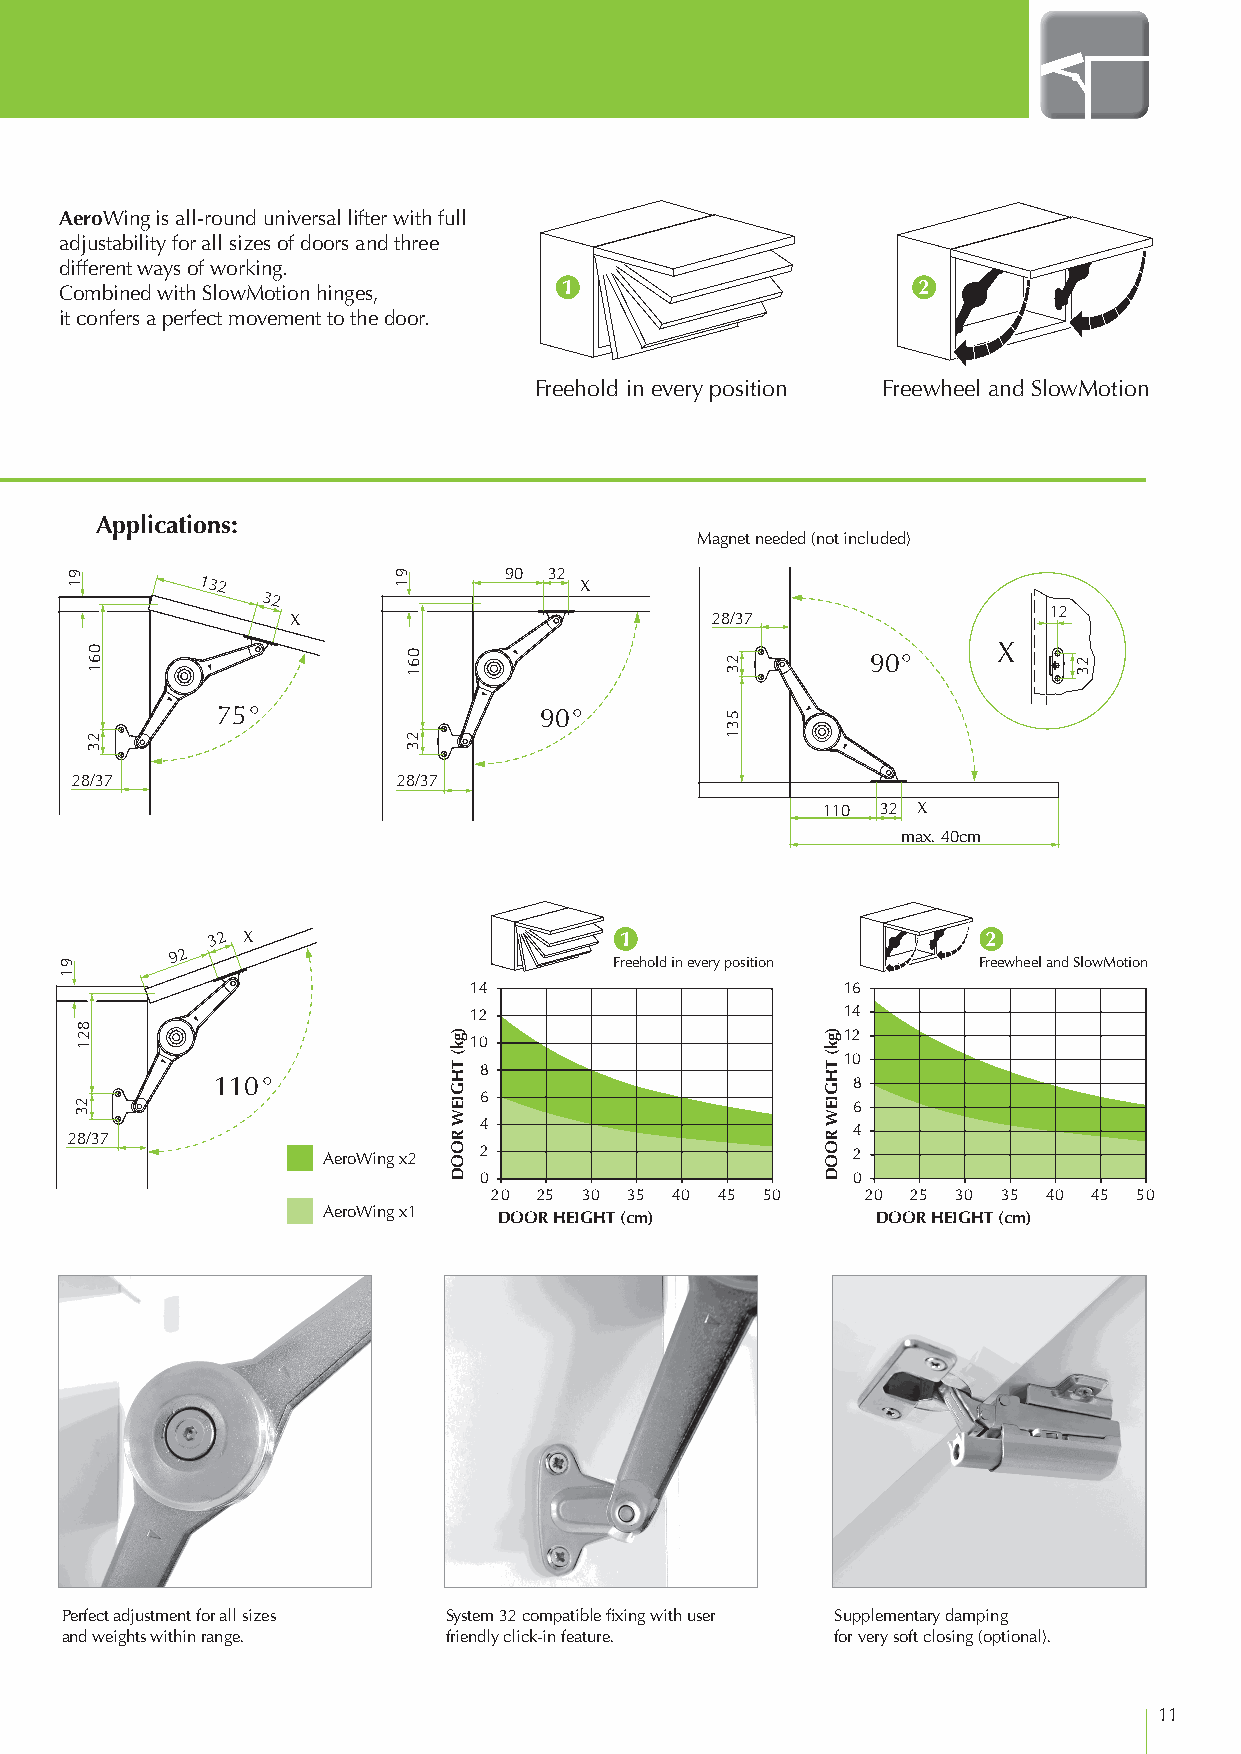
AeroWing
 AeroWing is all-round universal lifter with full
 adjustability for all sizes of doors and three
 different ways of working.
 Combined with SlowMotion hinges, 1                       2
 it confers a perfect movement to the door.
 Freehold in every position Freewheel and SlowMotion
 Applications:
 Magnet needed (not included)
 90 32
 132                      X
 32
 12
 X                           28/37
 X 90°
 75°                   90°
 28/37                28/37
 110 32 X
 max. 40cm
 32 X                       1                       2
 92
 Freehold in every position Freewheel and SlowMotion
 14                       16
 12                       14
 12
 10
 10
 8
 110°                                      8
 6
 6
 4
 4 28/37
 AeroWing x2 2                      2
 0                       0
 20 25 30 35 40 45 50    20 25 30 35 40 45 50
 AeroWing x1 DOOR HEIGHT (cm)         DOOR HEIGHT (cm)
 Perfect adjustment for all sizes System 32 compatible fixing with user Supplementary damping
 and weights within range. friendly click-in feature. for very soft closing (optional).
 11
 91
 91
 821
 23
 061
 23
 91
 061
 23
 )gk(
 THGIEW
 ROOD
 23
 531
 )gk(
 THGIEW
 ROOD
 23